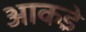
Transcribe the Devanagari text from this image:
आकडे़